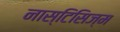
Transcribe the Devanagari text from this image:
नास्टिसिज्म